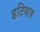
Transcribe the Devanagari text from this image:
इटिवार